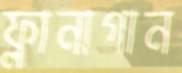
ফ্লানাগান